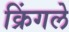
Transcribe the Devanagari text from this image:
क्रिंगले